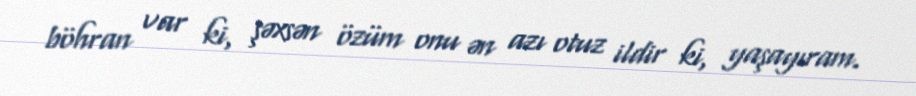
böhran var ki, şəxsən özüm onu ən azı otuz ildir ki, yaşayıram.